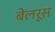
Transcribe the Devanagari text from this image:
बेलरूस